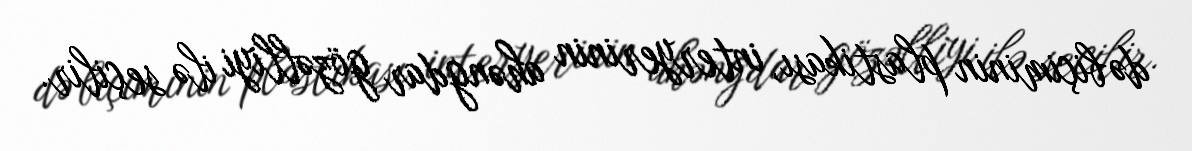
də biçiminin plastikası, interyerinin ahəngdar gözəlliyi ilə seçilir.